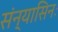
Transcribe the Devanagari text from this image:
संन्यासिनः